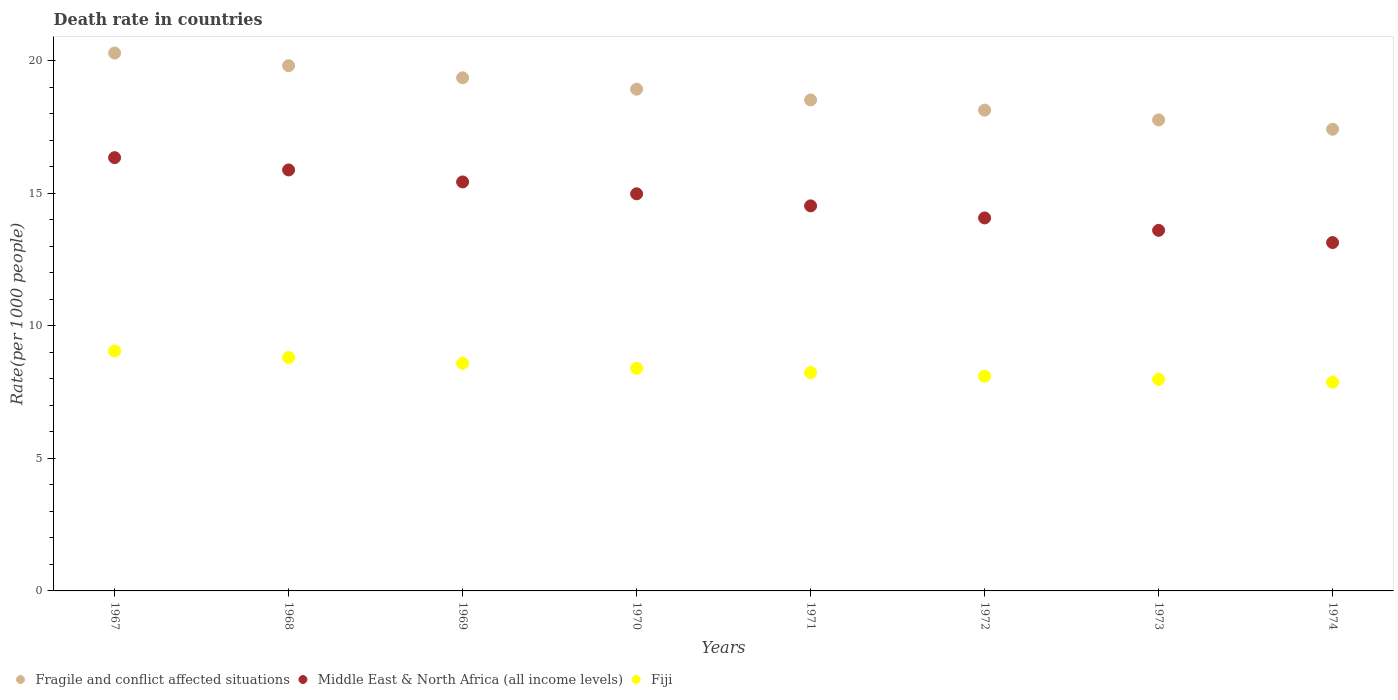
| Years | Fragile and conflict affected situations | Middle East & North Africa (all income levels) | Fiji |
 | --- | --- | --- | --- |
 | 1967 | 20.3 | 16.4 | 9.05 |
 | 1968 | 19.8 | 15.9 | 8.81 |
 | 1969 | 19.4 | 15.4 | 8.59 |
 | 1970 | 18.9 | 15 | 8.4 |
 | 1971 | 18.5 | 14.5 | 8.24 |
 | 1972 | 18.1 | 14.1 | 8.1 |
 | 1973 | 17.8 | 13.6 | 7.98 |
 | 1974 | 17.4 | 13.1 | 7.88 |